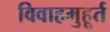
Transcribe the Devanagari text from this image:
विवाहमुहूर्त